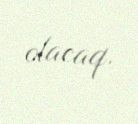
olacaq.